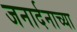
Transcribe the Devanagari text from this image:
जनार्दनाच्या